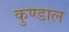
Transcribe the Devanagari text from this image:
कुण्डाल